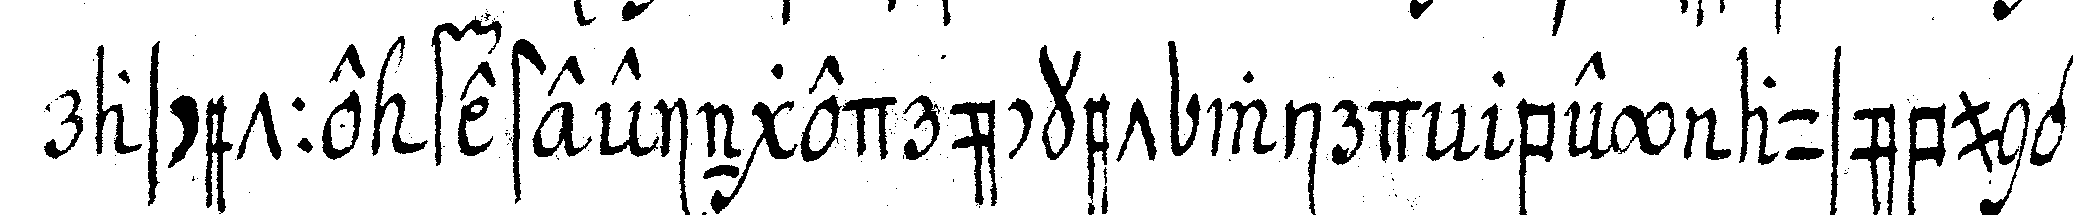
rascette festeeingedrücket wird bey ausübung